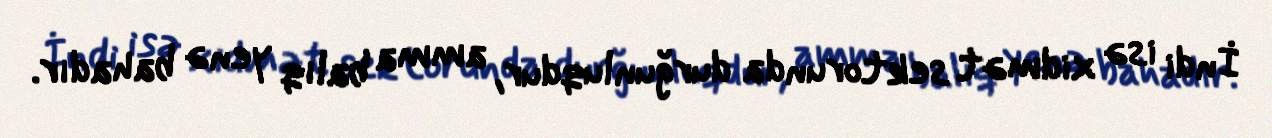
İndi isə xidmət sektorunda durğunluqdur, amma balıq yenə bahadır.